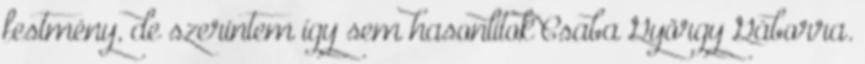
festmény, de szerintem így sem hasonlítok Csaba György Gáborra.